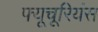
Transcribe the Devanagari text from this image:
फ्यूचूरियंस